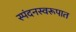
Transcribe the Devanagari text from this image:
स्पंदनस्वरूपात